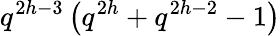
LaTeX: q^{2h-3}\left(q^{2h}+q^{2h-2}-1\right)